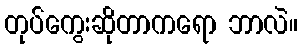
တုပ်ကွေးဆိုတာကရော ဘာလဲ။